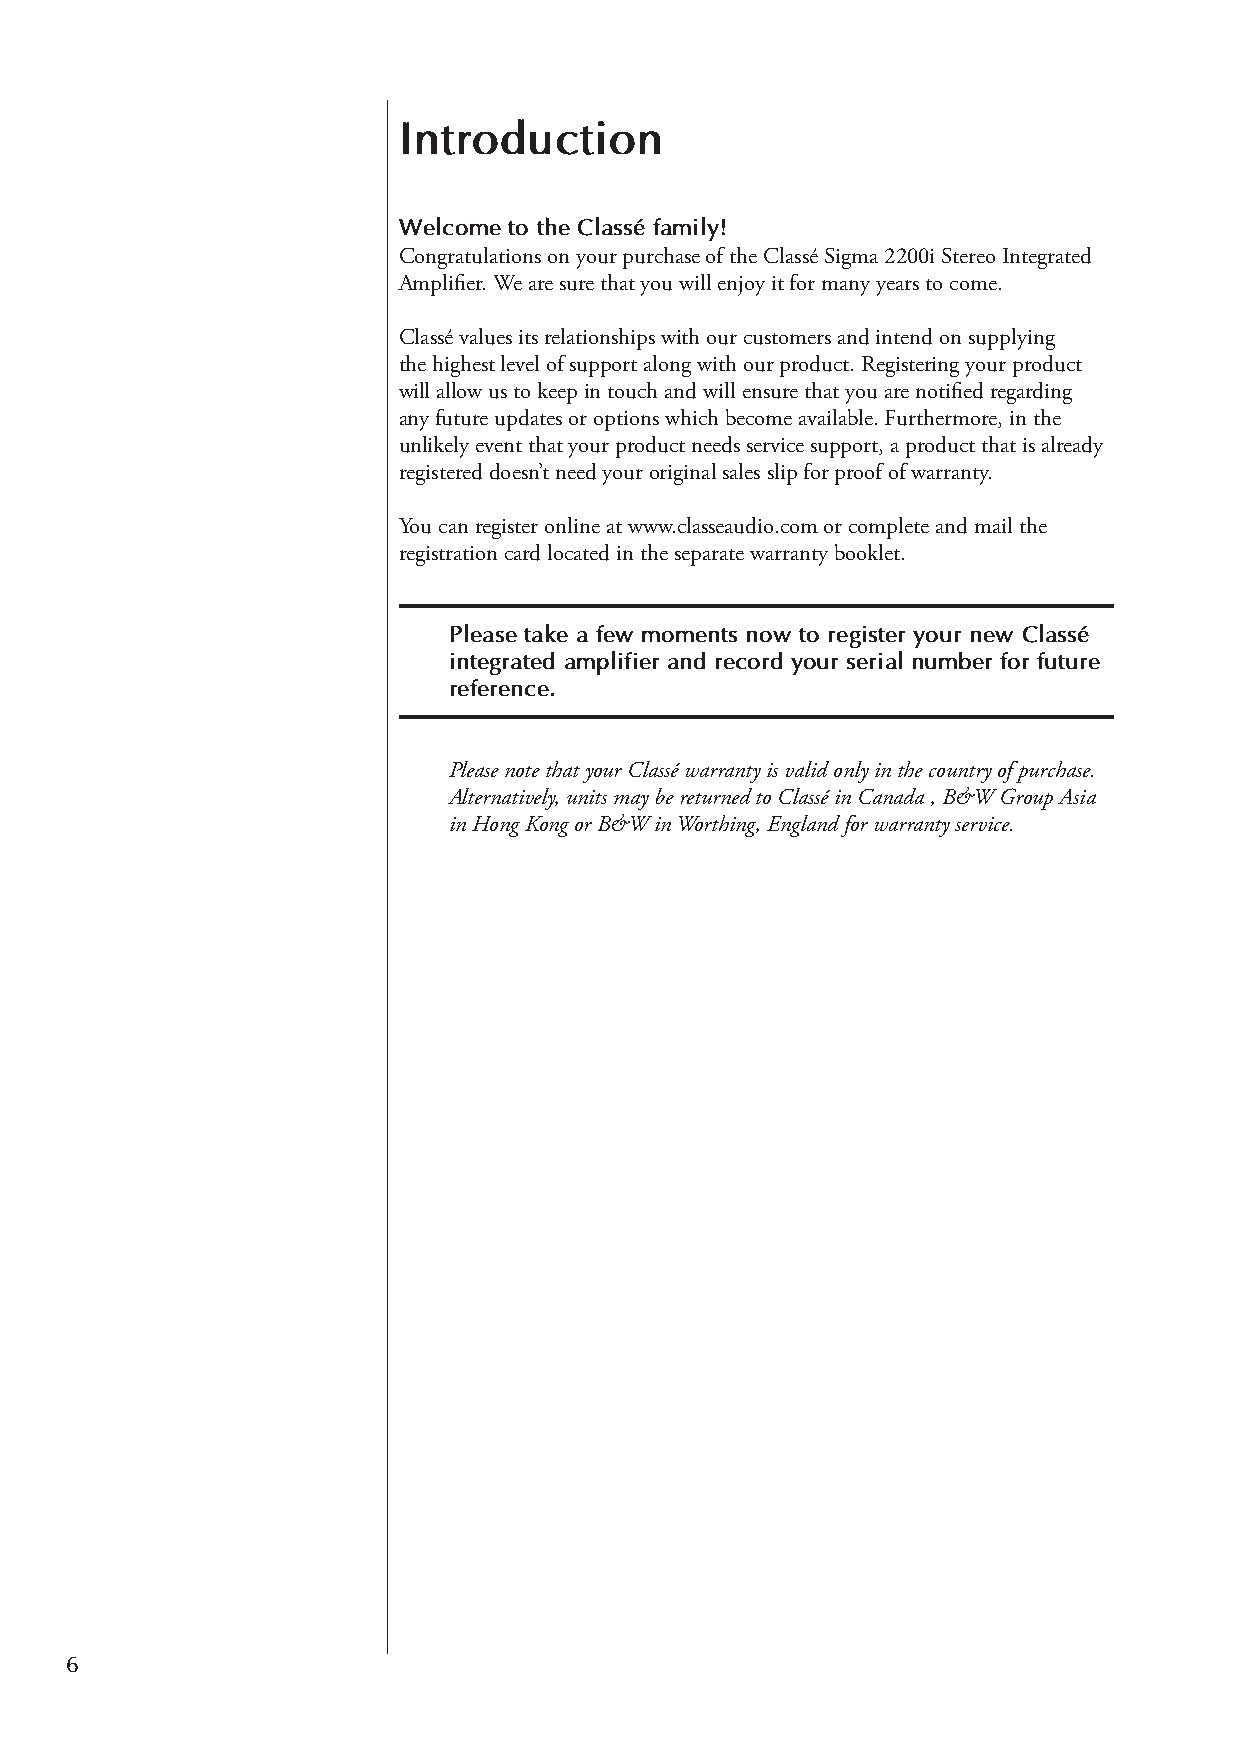
Introduction
 Welcome to the Classé family!
 Congratulations on your purchase of the Classé Sigma 2200i Stereo Integrated
 Amplifier. We are sure that you will enjoy it for many years to come.
 Classé values its relationships with our customers and intend on supplying
 the highest level of support along with our product. Registering your product
 will allow us to keep in touch and will ensure that you are notified regarding
 any future updates or options which become available. Furthermore, in the
 unlikely event that your product needs service support, a product that is already
 registered doesn’t need your original sales slip for proof of warranty.
 You can register online at www.classeaudio.com or complete and mail the
 registration card located in the separate warranty booklet.
 Please take a few moments now to register your new Classé
 integrated amplifier and record your serial number for future
 reference.
 Please note that your Classé warranty is valid only in the country of purchase.
 Alternatively, units may be returned to Classé in Canada , B&W Group Asia
 in Hong Kong or B&W in Worthing, England for warranty service.
 6